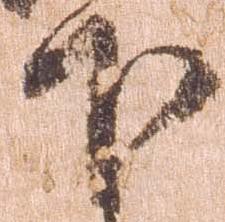
下